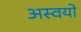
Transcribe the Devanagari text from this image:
अस्वयो